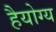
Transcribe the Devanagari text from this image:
हैयोग्य